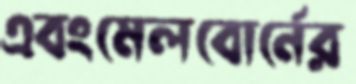
এবংমেলবোর্নের